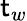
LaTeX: \mathsf{t}_{w}